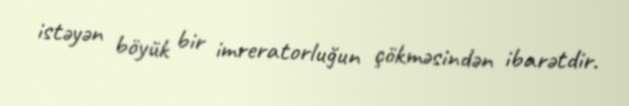
istəyən böyük bir imreratorluğun çökməsindən ibarətdir.